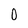
Character: 0